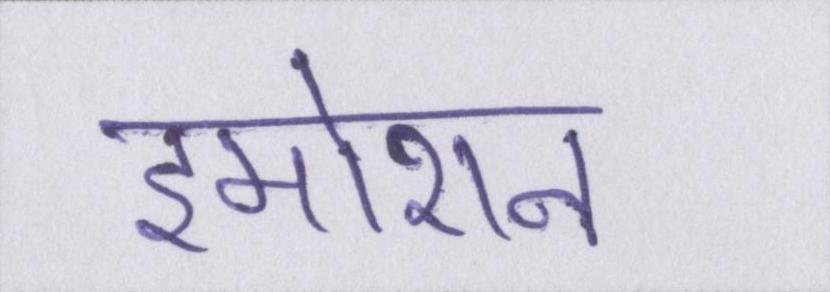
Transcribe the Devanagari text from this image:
इमोशन